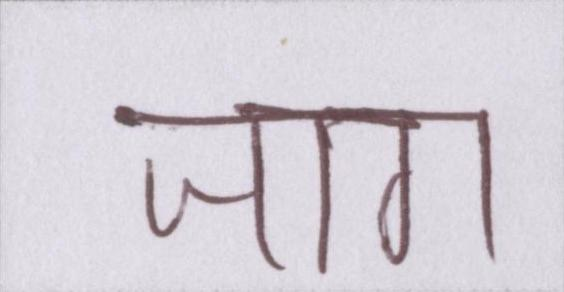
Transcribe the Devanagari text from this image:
जाग